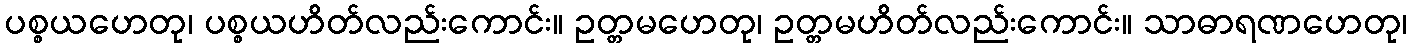
ပစ္စယဟေတု၊ ပစ္စယဟိတ်လည်းကောင်း။ ဥတ္တမဟေတု၊ ဥတ္တမဟိတ်လည်းကောင်း။ သာဓာရဏဟေတု၊